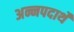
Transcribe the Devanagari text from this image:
अन्नपदार्थे